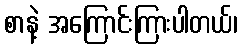
စာနဲ့ အကြောင်းကြားပါတယ်၊